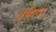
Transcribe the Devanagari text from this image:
हस्टिन